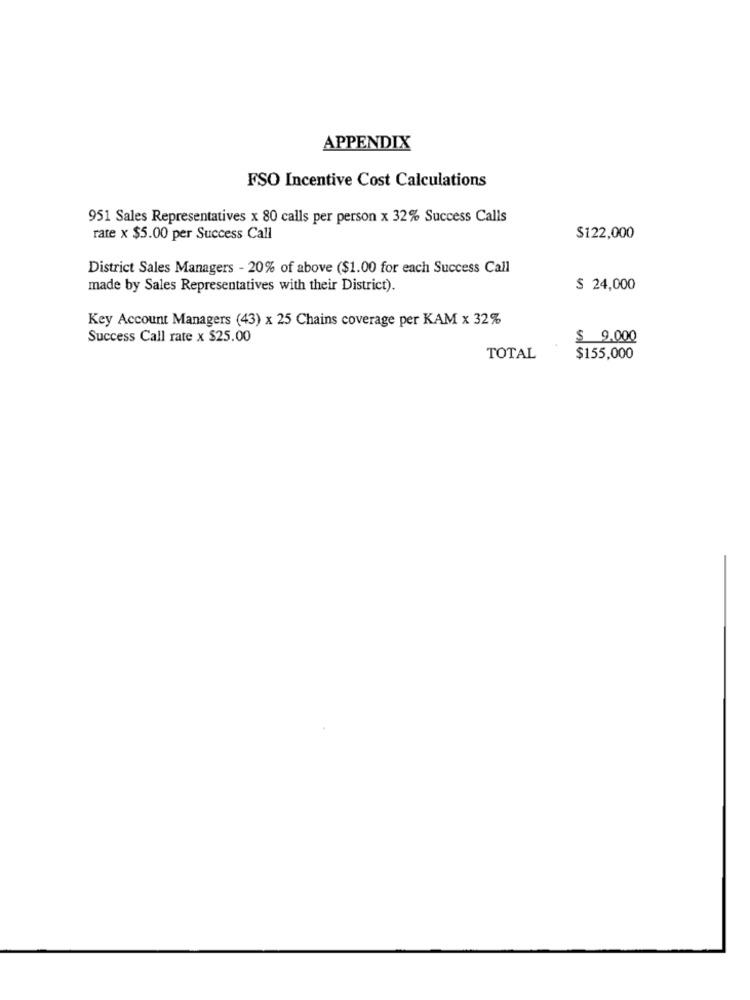
APPENDIX
FSO Incentive Cost Calculations
951 Sales Representatives x 80 calls per person x 32% Success Calls
rate x $5.00 per Success Call
$122,000
District Sales Managers - 20% of above ($1.00 for each Success Call
made by Sales Representatives with their District).
$ 24,000
Key Account Managers (43) x 25 Chains coverage per KAM x 32%
Success Call rate x $25.00
$ 9,000
TOTAL
$155,000